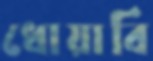
ধোয়াবি